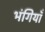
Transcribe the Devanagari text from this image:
भंगियाँ